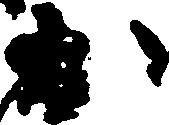
か